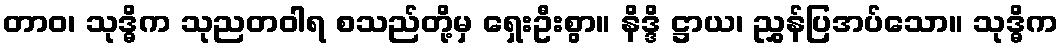
တာဝ၊ သုဒ္ဓိက သုညတဝါရ စသည်တို့မှ ရှေးဦးစွာ။ နိဒ္ဒိ ဋ္ဌာယ၊ ညွှန်ပြအပ်သော။ သုဒ္ဓိက